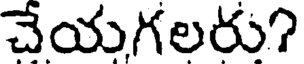
చేయగలరు?